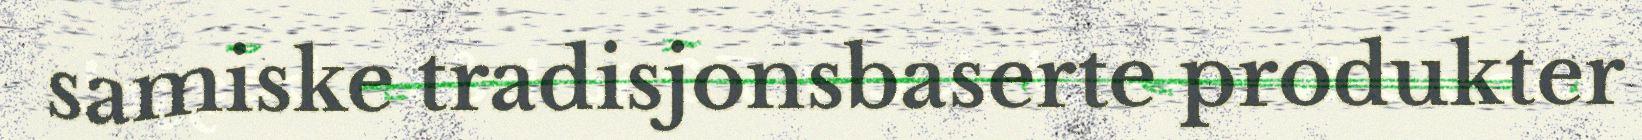
samiske tradisjonsbaserte produkter